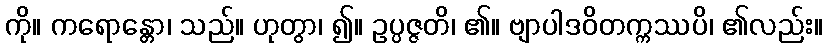
ကို။ ကရောန္တော၊ သည်။ ဟုတွာ၊ ၍။ ဥပ္ပဇ္ဇတိ၊ ၏။ ဗျာပါဒဝိတက္ကဿပိ၊ ၏လည်း။